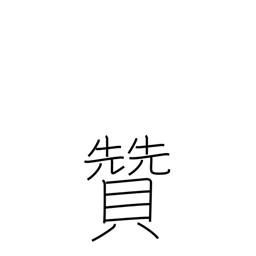
Meaning: support